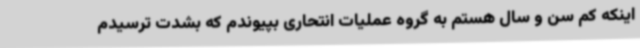
اینکه کم سن و سال هستم به گروه عملیات انتحاری بپیوندم که بشدت ترسیدم